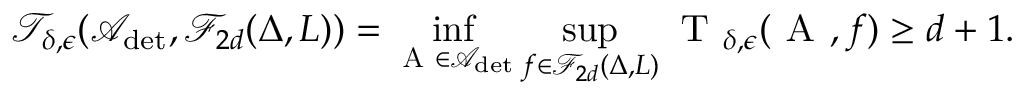
\mathcal { T } _ { \delta , \epsilon } ( \mathcal { A } _ { \operatorname* { d e t } } , \mathcal { F } _ { 2 d } ( \Delta , L ) ) = \operatorname* { i n f } _ { \textsc { A } \in \mathcal { A } _ { \operatorname* { d e t } } } \operatorname* { s u p } _ { f \in \mathcal { F } _ { 2 d } ( \Delta , L ) } \textsc { T } _ { \delta , \epsilon } ( \textsc { A } , f ) \geq d + 1 .